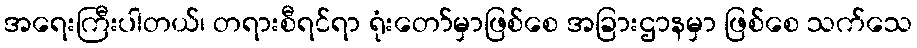
အရေးကြီးပါတယ်၊ တရားစီရင်ရာ ရုံးတော်မှာဖြစ်စေ အခြားဌာနမှာ ဖြစ်စေ သက်သေ